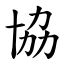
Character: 協